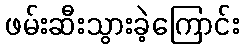
ဖမ်းဆီးသွားခဲ့ကြောင်း